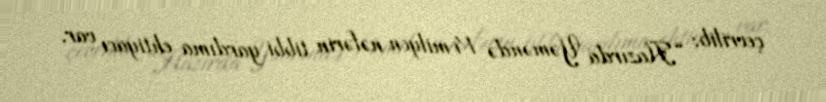
çevrilib: “Hazırda Yəməndə 14 milyon nəfərin tibbi yardıma ehtiyacı var.